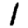
Digit: 1